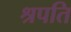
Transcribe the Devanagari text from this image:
श्रपति